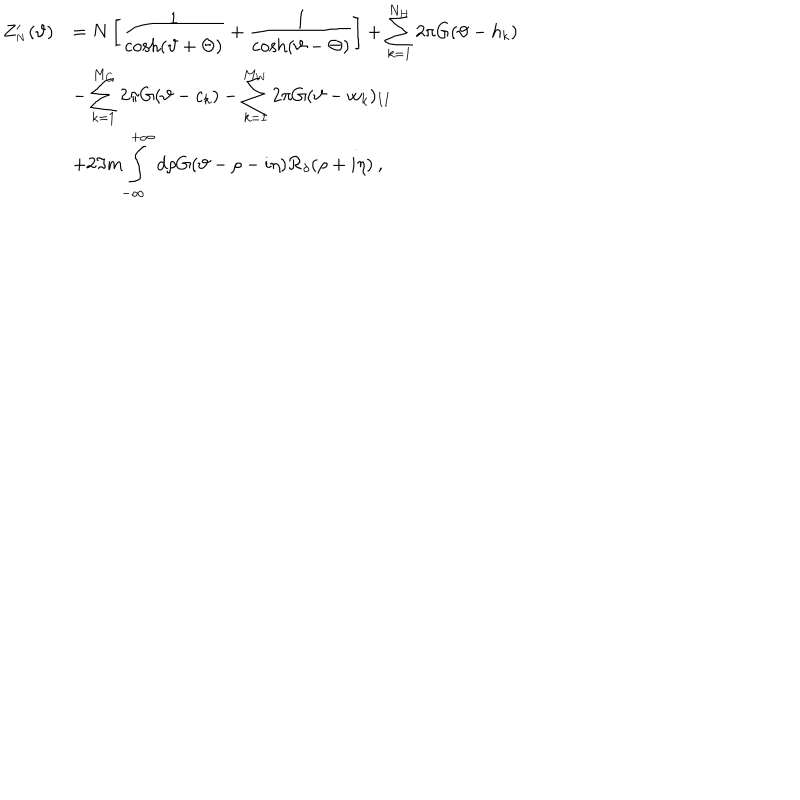
\begin{array} { r l } { { \displaystyle Z _ { _ { N } } ^ { \prime } ( \vartheta ) } } & { { = N \left[ \displaystyle \frac { 1 } { \cosh ( \vartheta + \Theta ) } + \displaystyle \frac { 1 } { \cosh ( \vartheta - \Theta ) } \right] + \displaystyle \sum _ { k = 1 } ^ { N _ { H } } 2 \pi G ( \vartheta - h _ { k } ) } } \\ { { } } & { { - \displaystyle \sum _ { k = 1 } ^ { M _ { C } } 2 \pi G ( \vartheta - c _ { k } ) - \displaystyle \sum _ { k = 1 } ^ { M _ { W } } 2 \pi G ( \vartheta - w _ { k } ) _ { I I } } } \\ { { } } & { { + 2 \Im m \displaystyle \int _ { - \infty } ^ { + \infty } d \rho G ( \vartheta - \rho - i \eta ) { \cal R } _ { \delta } ( \rho + i \eta ) \: , } } \\ \end{array}